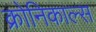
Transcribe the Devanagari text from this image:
क्रोनिकाल्स